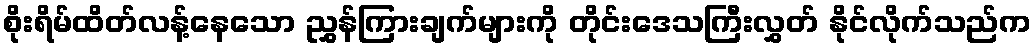
စိုးရိမ်ထိတ်လန့်နေသော ညွှန်ကြားချက်များကို တိုင်းဒေသကြီးလွှတ် နိုင်လိုက်သည်က